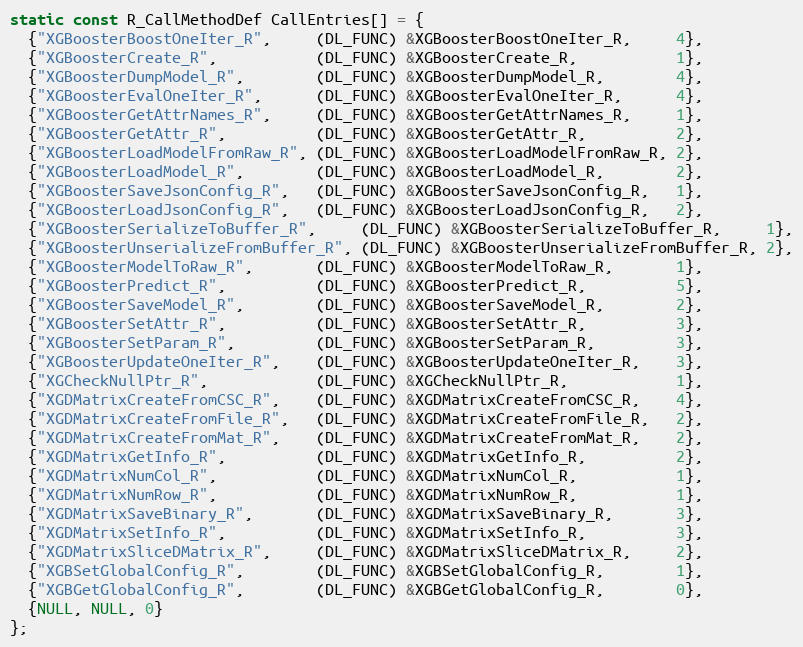
Language: C
static const R_CallMethodDef CallEntries[] = {
  {"XGBoosterBoostOneIter_R",     (DL_FUNC) &XGBoosterBoostOneIter_R,     4},
  {"XGBoosterCreate_R",           (DL_FUNC) &XGBoosterCreate_R,           1},
  {"XGBoosterDumpModel_R",        (DL_FUNC) &XGBoosterDumpModel_R,        4},
  {"XGBoosterEvalOneIter_R",      (DL_FUNC) &XGBoosterEvalOneIter_R,      4},
  {"XGBoosterGetAttrNames_R",     (DL_FUNC) &XGBoosterGetAttrNames_R,     1},
  {"XGBoosterGetAttr_R",          (DL_FUNC) &XGBoosterGetAttr_R,          2},
  {"XGBoosterLoadModelFromRaw_R", (DL_FUNC) &XGBoosterLoadModelFromRaw_R, 2},
  {"XGBoosterLoadModel_R",        (DL_FUNC) &XGBoosterLoadModel_R,        2},
  {"XGBoosterSaveJsonConfig_R",   (DL_FUNC) &XGBoosterSaveJsonConfig_R,   1},
  {"XGBoosterLoadJsonConfig_R",   (DL_FUNC) &XGBoosterLoadJsonConfig_R,   2},
  {"XGBoosterSerializeToBuffer_R",     (DL_FUNC) &XGBoosterSerializeToBuffer_R,     1},
  {"XGBoosterUnserializeFromBuffer_R", (DL_FUNC) &XGBoosterUnserializeFromBuffer_R, 2},
  {"XGBoosterModelToRaw_R",       (DL_FUNC) &XGBoosterModelToRaw_R,       1},
  {"XGBoosterPredict_R",          (DL_FUNC) &XGBoosterPredict_R,          5},
  {"XGBoosterSaveModel_R",        (DL_FUNC) &XGBoosterSaveModel_R,        2},
  {"XGBoosterSetAttr_R",          (DL_FUNC) &XGBoosterSetAttr_R,          3},
  {"XGBoosterSetParam_R",         (DL_FUNC) &XGBoosterSetParam_R,         3},
  {"XGBoosterUpdateOneIter_R",    (DL_FUNC) &XGBoosterUpdateOneIter_R,    3},
  {"XGCheckNullPtr_R",            (DL_FUNC) &XGCheckNullPtr_R,            1},
  {"XGDMatrixCreateFromCSC_R",    (DL_FUNC) &XGDMatrixCreateFromCSC_R,    4},
  {"XGDMatrixCreateFromFile_R",   (DL_FUNC) &XGDMatrixCreateFromFile_R,   2},
  {"XGDMatrixCreateFromMat_R",    (DL_FUNC) &XGDMatrixCreateFromMat_R,    2},
  {"XGDMatrixGetInfo_R",          (DL_FUNC) &XGDMatrixGetInfo_R,          2},
  {"XGDMatrixNumCol_R",           (DL_FUNC) &XGDMatrixNumCol_R,           1},
  {"XGDMatrixNumRow_R",           (DL_FUNC) &XGDMatrixNumRow_R,           1},
  {"XGDMatrixSaveBinary_R",       (DL_FUNC) &XGDMatrixSaveBinary_R,       3},
  {"XGDMatrixSetInfo_R",          (DL_FUNC) &XGDMatrixSetInfo_R,          3},
  {"XGDMatrixSliceDMatrix_R",     (DL_FUNC) &XGDMatrixSliceDMatrix_R,     2},
  {"XGBSetGlobalConfig_R",        (DL_FUNC) &XGBSetGlobalConfig_R,        1},
  {"XGBGetGlobalConfig_R",        (DL_FUNC) &XGBGetGlobalConfig_R,        0},
  {NULL, NULL, 0}
};